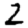
Digit: 2